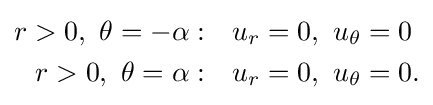
{\begin{aligned}r>0,\ \theta =-\alpha :&\quad u_{r}=0,\ u_{\theta }=0\\r>0,\ \theta =\alpha :&\quad u_{r}=0,\ u_{\theta }=0.\end{aligned}}